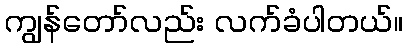
ကျွန်တော်လည်း လက်ခံပါတယ်။